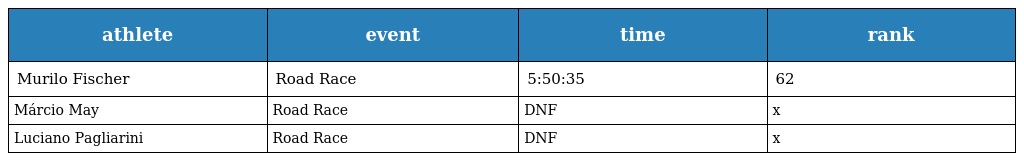
| athlete | event | time | rank |
 | --- | --- | --- | --- |
 | Murilo Fischer | Road Race | 5:50:35 | 62 |
 | Márcio May | Road Race | DNF | x |
 | Luciano Pagliarini | Road Race | DNF | x |